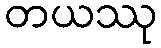
တယဿု